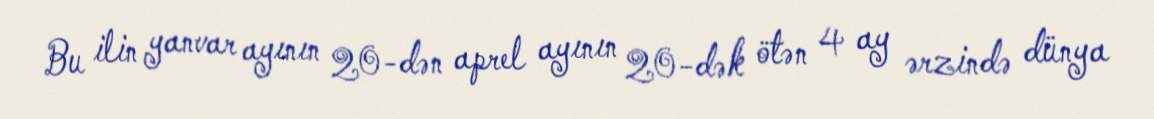
Bu ilin yanvar ayının 20-dən aprel ayının 20-dək ötən 4 ay ərzində dünya